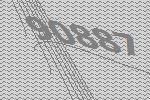
90887